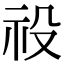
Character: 祋